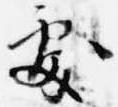
処